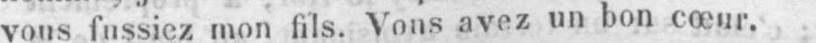
vous fussiez mon fils. Vous avez un bon cœur.